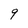
Character: q